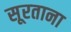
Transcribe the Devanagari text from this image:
सूरताना